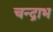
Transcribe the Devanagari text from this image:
चन्द्राभ